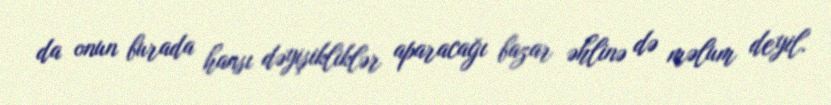
da onun burada hansı dəyişikliklər aparacağı bazar əhlinə də məlum deyil.